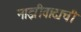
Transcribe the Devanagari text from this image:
नाझीवादाची